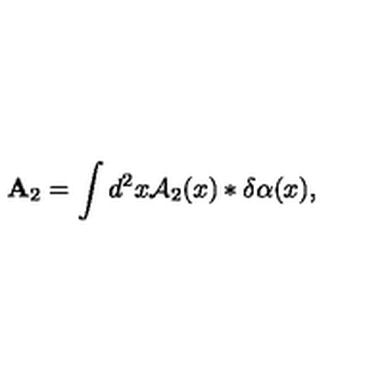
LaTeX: { \bf A } _ { 2 } = \int d ^ { 2 } x { \cal A } _ { 2 } ( x ) * \delta \alpha ( x ) ,